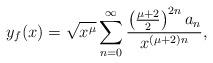
LaTeX: \begin{align*} y_f(x)=\sqrt{x^{\mu}}\sum_{n=0}^{\infty}\frac{\left(\frac{\mu+2}{2}\right)^{2n}a_n}{x^{(\mu+2)n}},\end{align*}